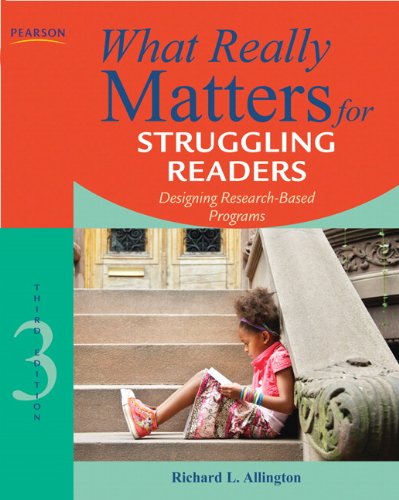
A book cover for What Really Matters for Struggling Readers: Designing Research-Based Programs (3rd Edition) (What Really Matters Series); Richard L. Allington; Reference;